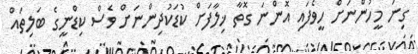
ގިނަ މީހުންނަށް ހީވެފައި އޮންނަ ގޮތާ ޚިލާފަށް ކުޑަކުދިންނަށް ވެސް ކިޑްނީގެ ބަލިތައް